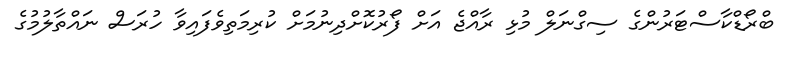
ބްރޯޑްކާސްޓަރުންގެ ސިގްނަލް މުޅި ރާއްޖެ އަށް ފޯރުކޮށްދިނުމަށް ކުރިމަތިވެފައިވާ ހުރަސް ނައްތާލުމުގެ